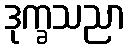
ဒုက္ခသညာ